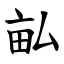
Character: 畆